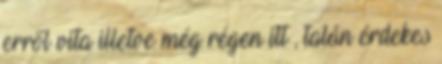
erről vita illetve még régen itt , talán érdekes